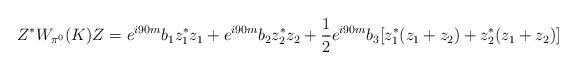
\begin{align*}Z^*W_{\pi^0}(K)Z= e^{i 90 m}b_1 z_1^*z_1 + e^{i 90 m}b_2 z_2^*z_2+\frac12 e^{i 90 m}b_3 [z_1^*(z_1+z_2)+ z_2^*(z_1+z_2)] \end{align*}